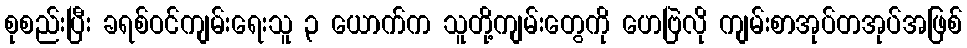
စုစည်းပြီး ခရစ်ဝင်ကျမ်းရေးသူ ၃ ယောက်က သူတို့ကျမ်းတွေကို ဟေဗြဲလို ကျမ်းစာအုပ်တအုပ်အဖြစ်